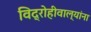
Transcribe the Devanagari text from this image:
विद्रोहीवाल्यांना